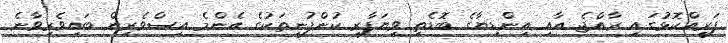
ފަރިއްކޮޅުގައި ރާއްޖެ އާއި އިންޑިޔާގެ ބޮޑެތި ވިޔަފާރި ކުންފުނިތަކުގެ އެންމެ އިސްވެރިން ބައިވެރިވާނެ